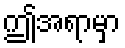
ဤအရာမှာ